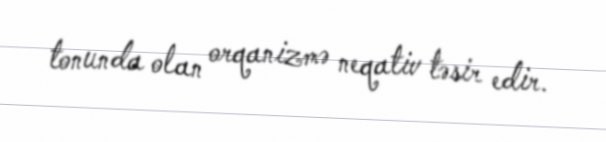
tonunda olan orqanizmə neqativ təsir edir.